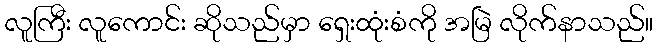
လူကြီး လူကောင်း ဆိုသည်မှာ ရှေးထုံးစံကို အမြဲ လိုက်နာသည်။